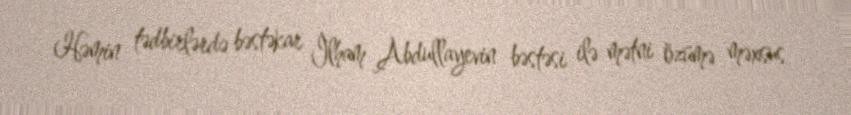
Həmin tədbirlərdə bəstəkar İlham Abdullayevin bəstəsi ilə mətni özümə məxsus